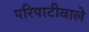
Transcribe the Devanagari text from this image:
परिपाटीवाले